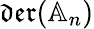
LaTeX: \mathfrak{der}(\mathbb{A}_{n})